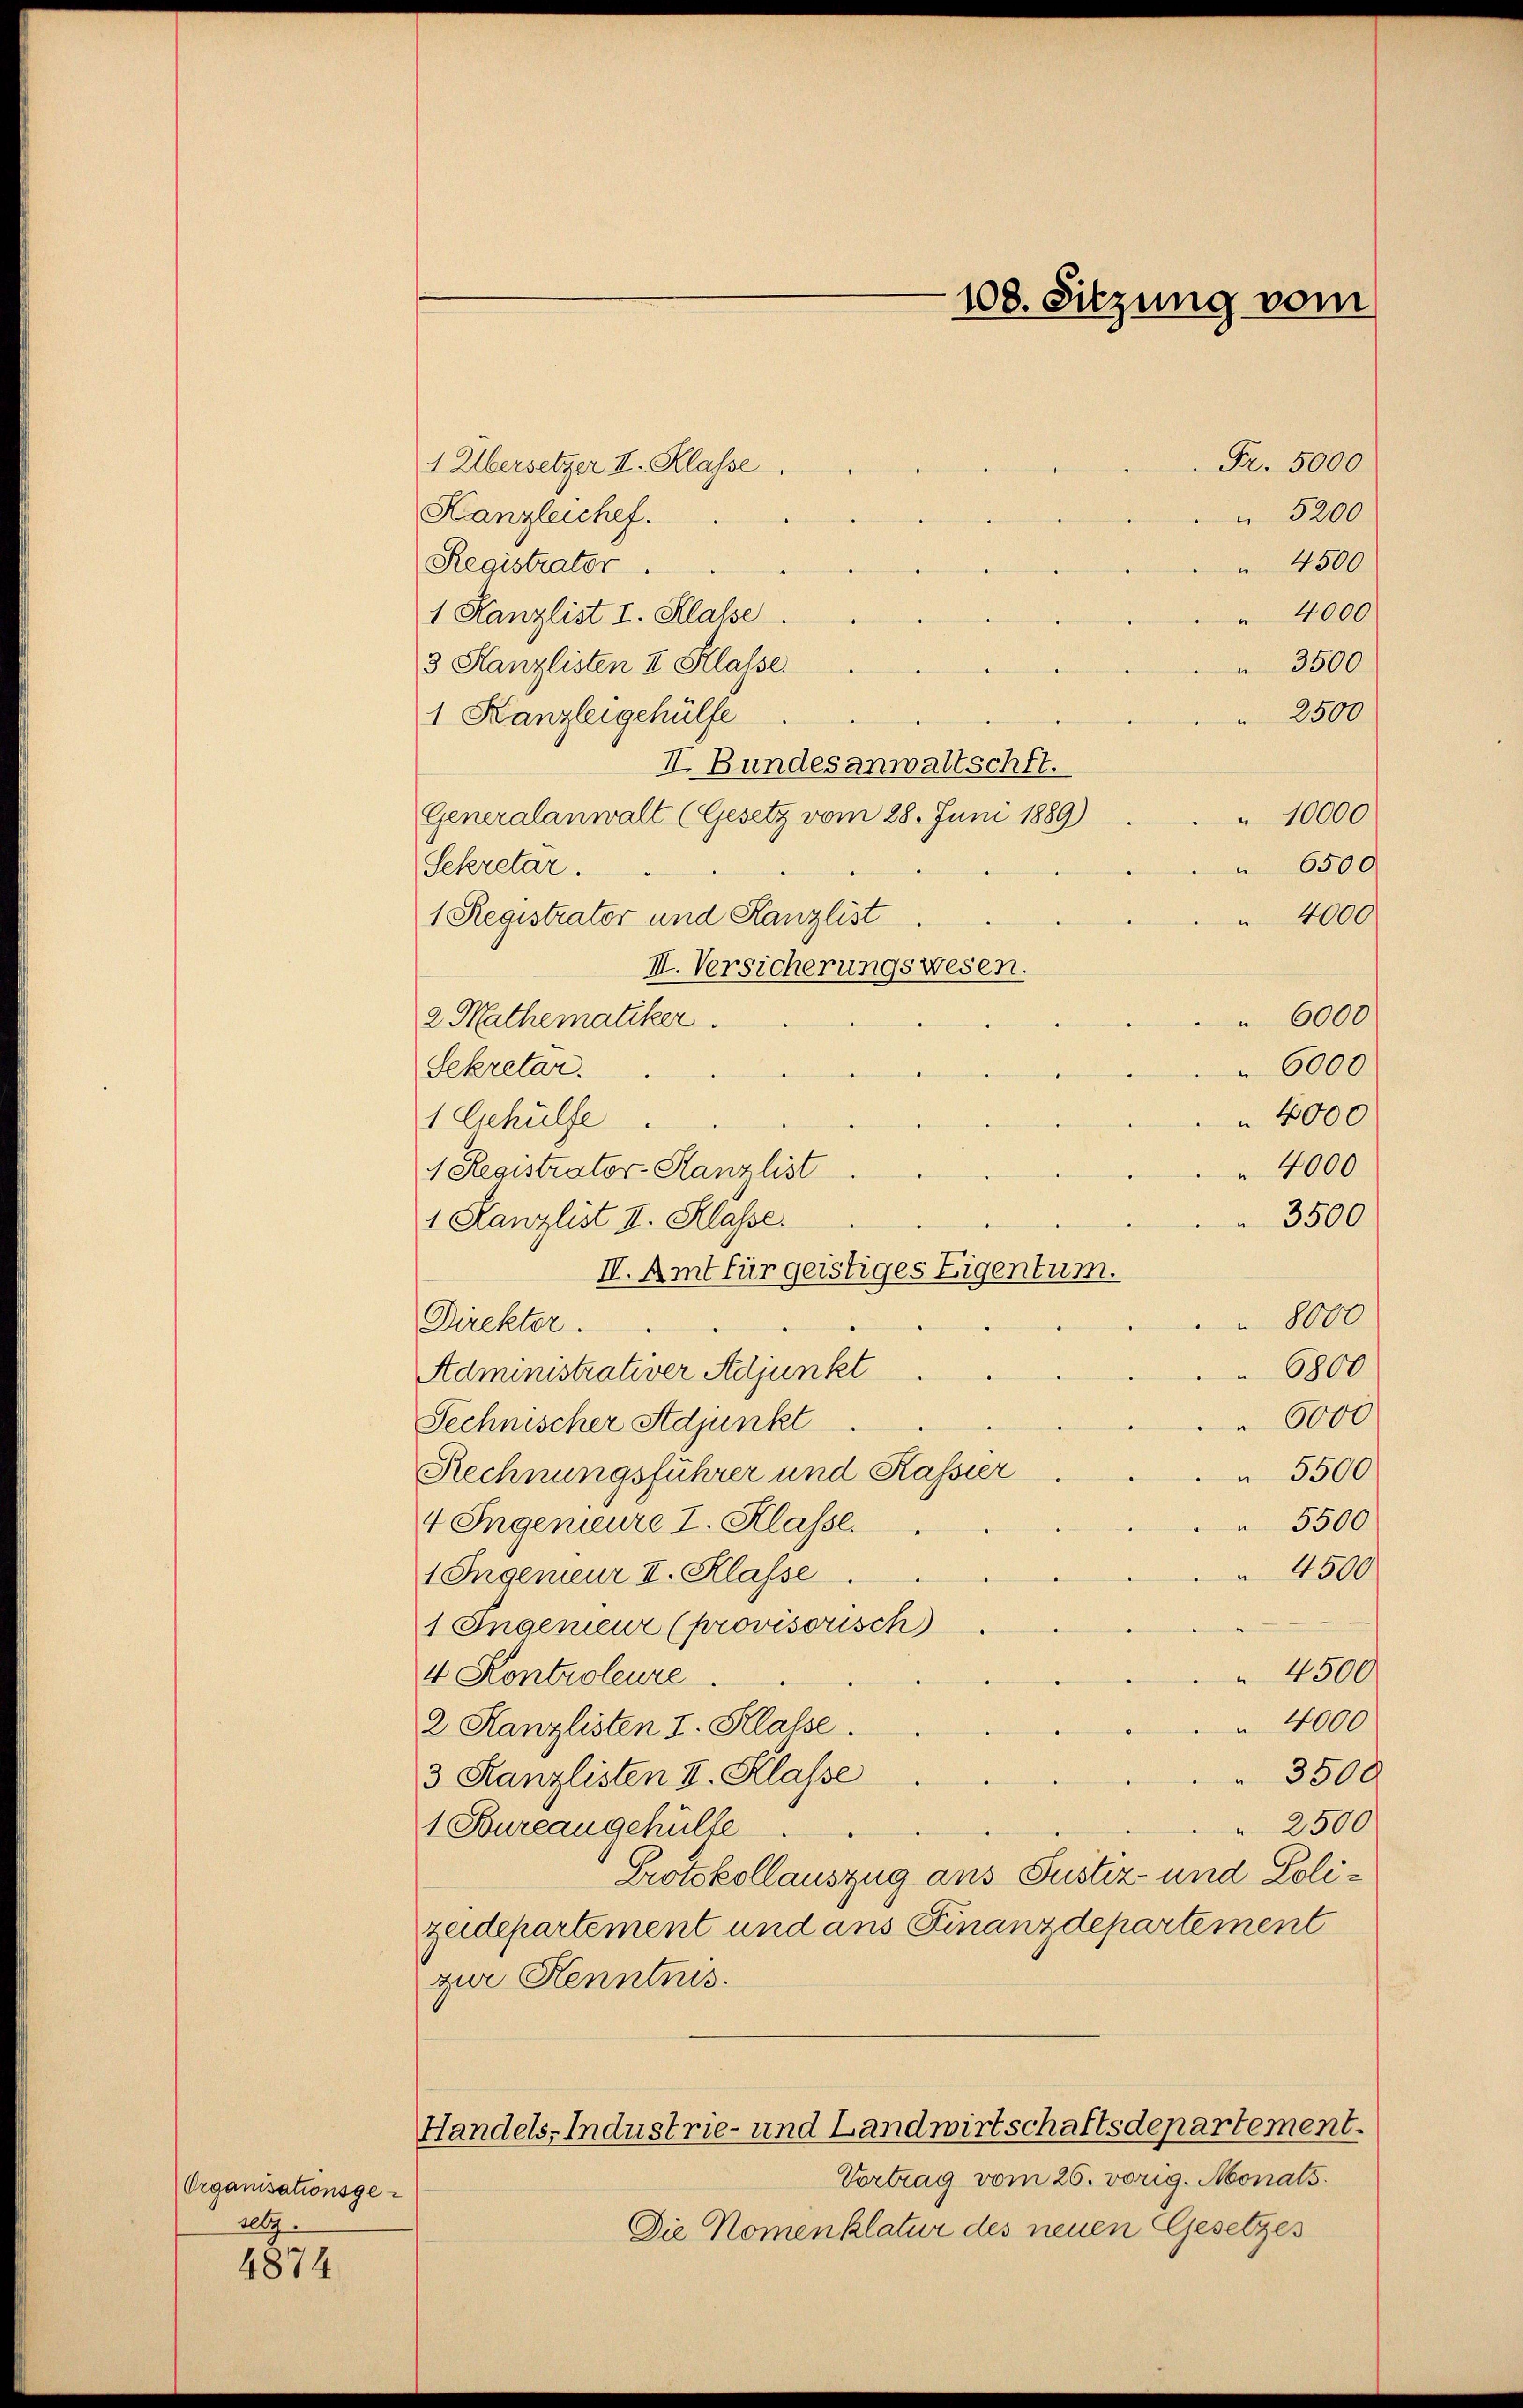
Organisationsgellg.

4874

1 Übersetzer II. Klasse
Kanzleichef.
Registrator
1 Kanzlist I. Klasse.
3 Kanzlisten II Klasse.
1 Kanzleigehülfe
II. Bundesanwaltschft.
Generalanwalt (Gesetz vom 28. Juni 1889)
Sekretar.
2 Mathematiker.
Sekretar.
1 Gehülfe
1 Registrator-Kanzlist
1 Kanzlist II. Klasse.
Direkter.
Administrativer Adjunkt
Technischer Adjunkt
Rechnungsführer und Kassier
4 Ingenieure I. Klasse.
1 Ingenieur II. Klasse
1 Ingenieur (provisorisch
4 Kontroleure.
2 Kanzlisten I. Klasse.
3 Kanzlisten V. Klasse
1 Bureau gehülfe.
Protokollauszug aus Justiz- und Polizeidepartement und ans Finanzdepartement
zur Kenntnis.
Handels, Industrie- und Landwirtschaftsdepartement.
Vortrag vom 26. vorig. Monats.
Die Komenklatur des neuen Gesetzes

1 Registrator und Kanzlist
II. Versicherungswesen.

108. Sitzung vom

IV. Amt für geistiges Eigentum.

Fr. 5000
 5200
4500
4000
3500
2500
10000
6500
 4000
 6000
6000
4000
4000
3500
800
6800
6000
 5500.
5500
 4500
 4500
 4000
3500
2500